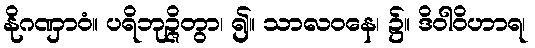
နိုဂဏှာဝံ။ ပရိဘုဉ္ဇိတွာ၊ ၍။ သာလဝနေ၊ ၌။ ဒိဝါဝိဟာရ၊